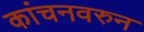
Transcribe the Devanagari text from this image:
कांचनवरुन